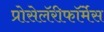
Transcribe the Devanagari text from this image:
प्रोसेलॅरीफॉर्मेस